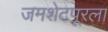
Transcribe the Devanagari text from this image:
जमशेटपूरला